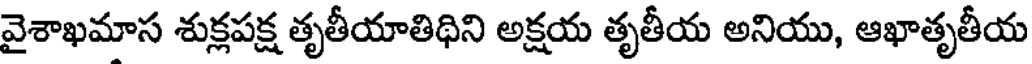
వైశాఖమాస శుక్లపక్ష తృతీయాతిథిని అక్షయ తృతీయ అనియు, ఆఖాతృతీయ